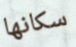
سكانها